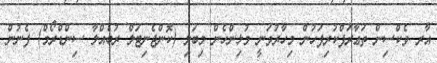
އާރ ވެކްސިން ތަޢާރަފްކުރިފަހުން މިހާރުވަނީ މުޅިންހެން މިބަލި (ކޮންޖެނިޓަލް ރުބެއްލާ ސިންޑްރޯމް) ފެނުން